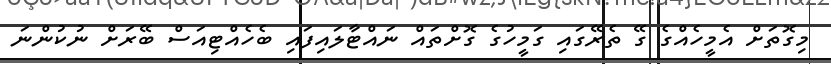
މިގޮތަށް އެމީހެއްގެ ގޭ ތެރޭގައި ގަމީހުގެ ގޮށްތައް ނައްޓާލައިފައި ބެހެއްޓިއަސް ބޭރަށް ނުކުންނަ